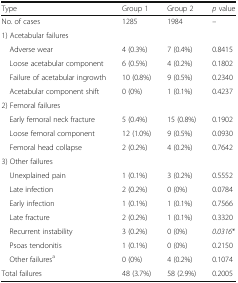
| Type | Group 1 | Group 2 | p value |
 | --- | --- | --- | --- |
 | No. of cases | 1285 | 1984 | – |
 | <COLSPAN=4> 1) Acetabular failures |
 | Adverse wear | 4 (0.3%) | 7 (0.4%) | 0.8415 |
 | Loose acetabular component | 6 (0.5%) | 4 (0.2%) | 0.1802 |
 | Failure of acetabular ingrowth | 10 (0.8%) | 9 (0.5%) | 0.2340 |
 | Acetabular component shift | 0 (0%) | 1 (0.1%) | 0.4237 |
 | <COLSPAN=4> 2) Femoral failures |
 | Early femoral neck fracture | 5 (0.4%) | 15 (0.8%) | 0.1902 |
 | Loose femoral component | 12 (1.0%) | 9 (0.5%) | 0.0930 |
 | Femoral head collapse | 2 (0.2%) | 4 (0.2%) | 0.7642 |
 | <COLSPAN=4> 3) Other failures |
 | Unexplained pain | 1 (0.1%) | 3 (0.2%) | 0.5552 |
 | Late infection | 2 (0.2%) | 0 (0%) | 0.0784 |
 | Early infection | 1 (0.1%) | 1 (0.1%) | 0.7566 |
 | Late fracture | 2 (0.2%) | 1 (0.1%) | 0.3320 |
 | Recurrent instability | 3 (0.2%) | 0 (0%) | 0.0316* |
 | Psoas tendonitis | 1 (0.1%) | 0 (0%) | 0.2150 |
 | Other failuresa | 0 (0%) | 4 (0.2%) | 0.1074 |
 | Total failures | 48 (3.7%) | 58 (2.9%) | 0.2005 |